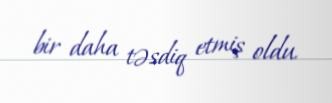
bir daha təsdiq etmiş oldu.